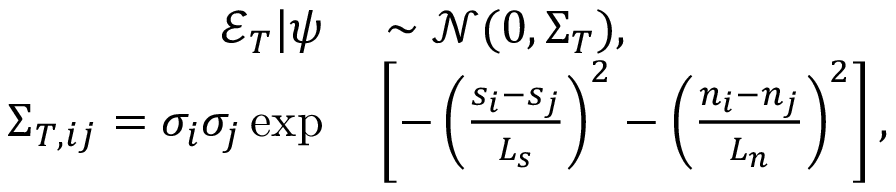
\begin{array} { r l } { \mathcal { E } _ { T } | \boldsymbol { \psi } } & { { } \sim \mathcal { N } ( 0 , \boldsymbol { \Sigma } _ { T } ) , } \\ { { \Sigma } _ { T , i j } = \sigma _ { i } \sigma _ { j } \exp } & { { } \left[ - \left( \frac { s _ { i } - s _ { j } } { L _ { s } } \right) ^ { 2 } - \left( \frac { n _ { i } - n _ { j } } { L _ { n } } \right) ^ { 2 } \right] , } \end{array}